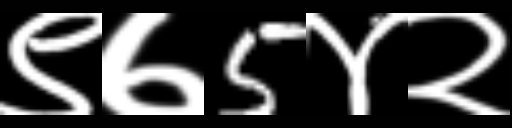
Text: ९७5४२